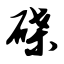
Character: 碟